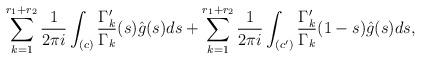
LaTeX: \begin{align*}\sum_{k=1}^{r_1+r_2}\frac{1}{2\pi i }\int_{(c)}\frac{\Gamma'_k}{\Gamma_k}(s)\hat{g}(s)ds+ \sum_{k=1}^{r_1+r_2}\frac{1}{2\pi i }\int_{(c')}\frac{\Gamma'_k}{\Gamma_k}(1-s)\hat{g}(s)ds,\end{align*}